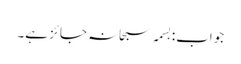
جواب:بسمہ سبحانہ جائز ہے۔